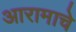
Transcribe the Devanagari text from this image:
आरामाचे